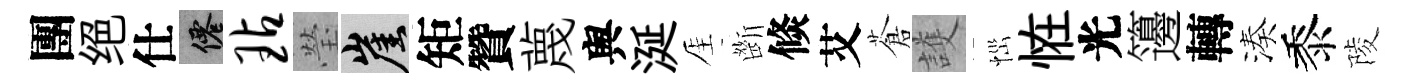
團绝仕仙玷瑩崖矩贊蔑舆涎厓㫁倐艾蒼護𢙉恠光籩轉湊黍陵